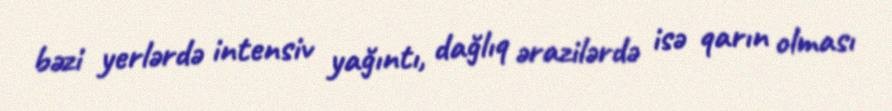
bəzi yerlərdə intensiv yağıntı, dağlıq ərazilərdə isə qarın olması